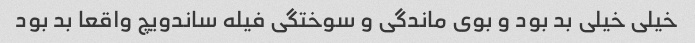
خیلی خیلی بد بود و بوی ماندگی و سوختگی فیله ساندویچ واقعا بد بود